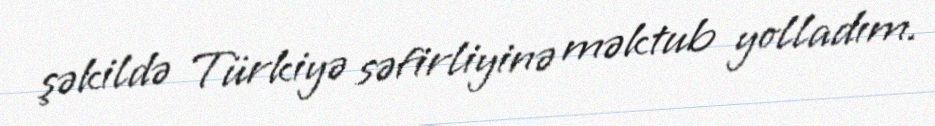
şəkildə Türkiyə səfirliyinə məktub yolladım.